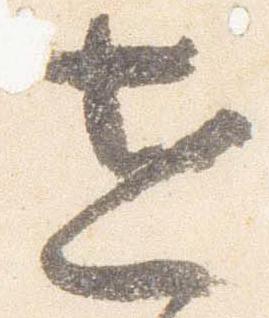
世